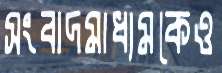
সংবাদমাধ্যমকেও